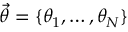
\vec { \theta } = \{ \theta _ { 1 } , \ldots , \theta _ { N } \}